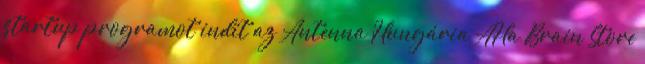
startup programot indít az Antenna Hungária AHa Brain Store